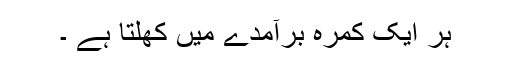
ہر ایک کمرہ برآمدے میں کھلتا ہے ۔